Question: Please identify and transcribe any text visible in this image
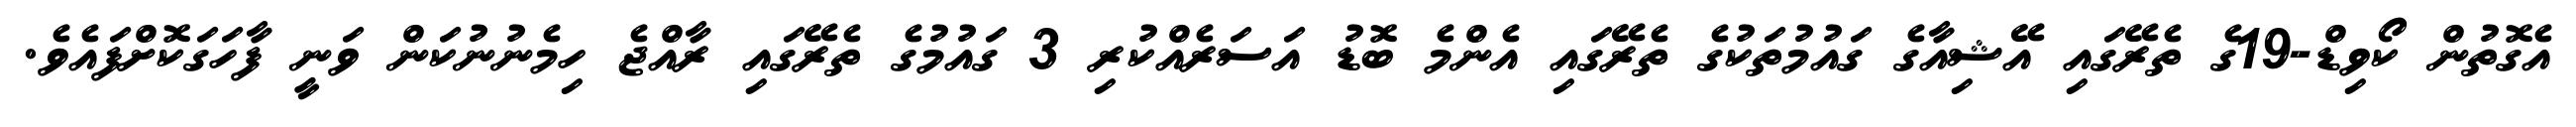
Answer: އެގޮތުން ކޯވިޑް-19ގެ ތެރޭގައި އޭޝިއާގެ ގައުމުތަކުގެ ތެރޭގައި އެންމެ ބޮޑު އަސަރެއްކުރި 3 ގައުމުގެ ތެރޭގައި ރާއްޖެ ހިމެނުނުކަން ވަނީ ފާހަގަކޮށްފައެވެ.